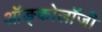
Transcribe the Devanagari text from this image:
ऑङ्कोलॉजी